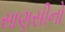
સાણસીનો